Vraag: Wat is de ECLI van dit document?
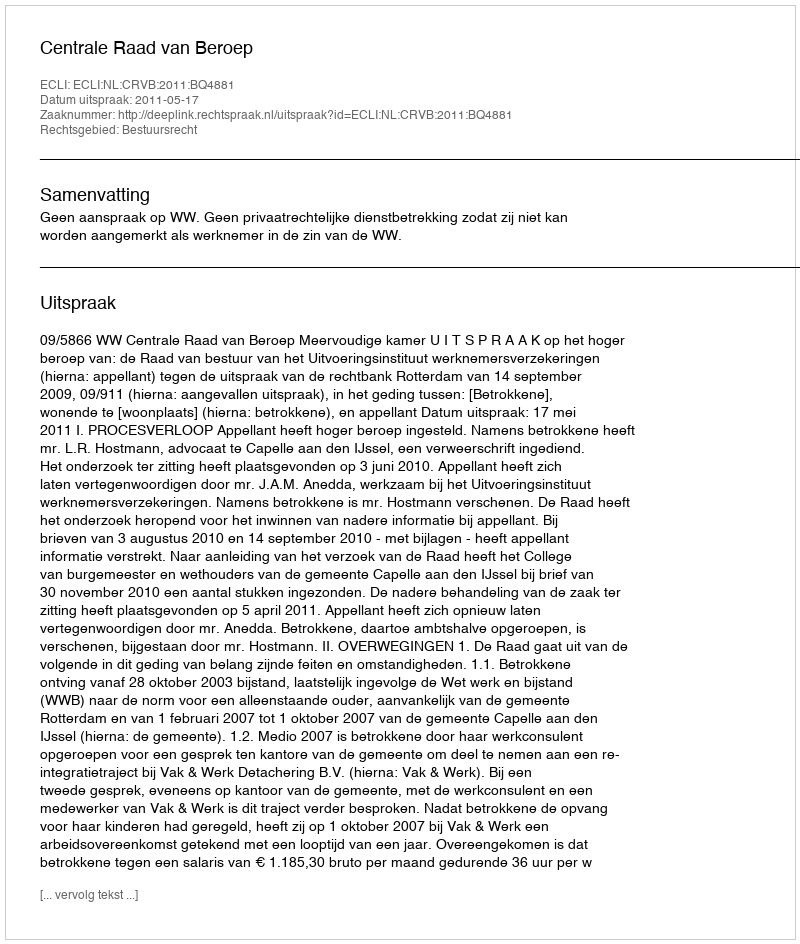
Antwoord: ECLI:NL:CRVB:2011:BQ4881